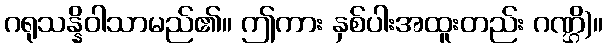
ဂရုသန္နိဝါသာမည်၏။ ဤကား နှစ်ပါးအထူးတည်း ဂဏ္ဌိ)။